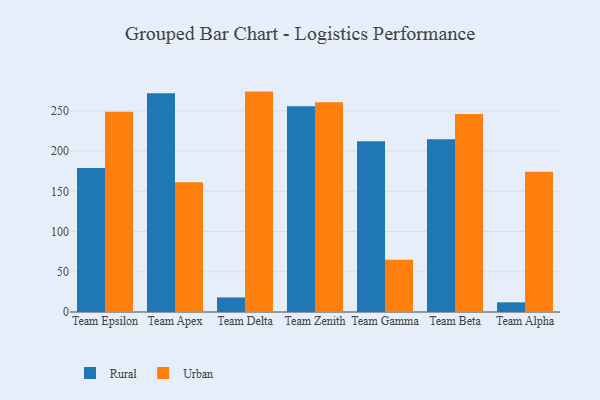
{"axis": {"x": "Team", "y": "LTV (USD)"}, "legend": ["Rural", "Urban"], "data": [{"x": "Team Epsilon", "y": 178.8, "type": "Rural"}, {"x": "Team Epsilon", "y": 248.8, "type": "Urban"}, {"x": "Team Apex", "y": 271.8, "type": "Rural"}, {"x": "Team Apex", "y": 161.3, "type": "Urban"}, {"x": "Team Delta", "y": 18.1, "type": "Rural"}, {"x": "Team Delta", "y": 273.9, "type": "Urban"}, {"x": "Team Zenith", "y": 255.7, "type": "Rural"}, {"x": "Team Zenith", "y": 260.6, "type": "Urban"}, {"x": "Team Gamma", "y": 212.3, "type": "Rural"}, {"x": "Team Gamma", "y": 65.0, "type": "Urban"}, {"x": "Team Beta", "y": 214.6, "type": "Rural"}, {"x": "Team Beta", "y": 246.1, "type": "Urban"}, {"x": "Team Alpha", "y": 12.0, "type": "Rural"}, {"x": "Team Alpha", "y": 174.2, "type": "Urban"}]}